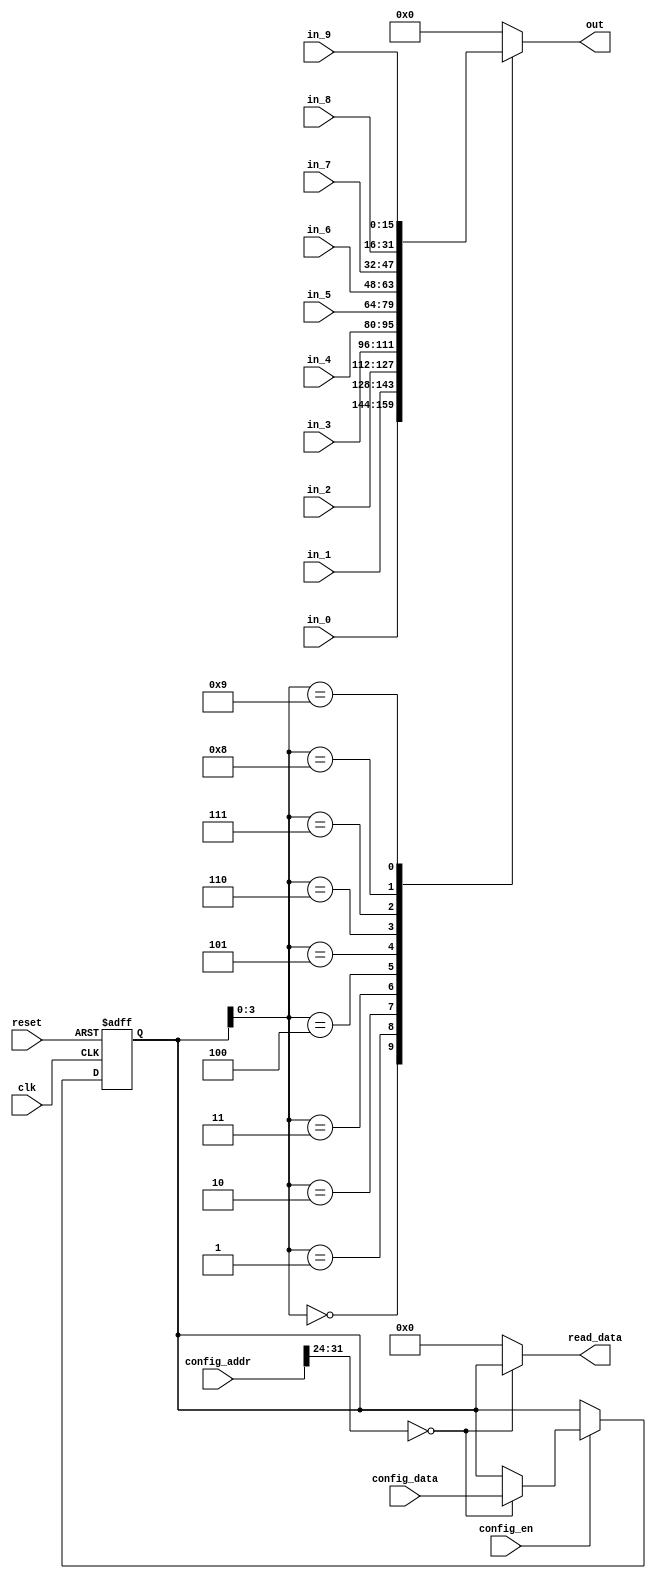
//
//--------------------------------------------------------------------------------
//          THIS FILE WAS AUTOMATICALLY GENERATED BY THE GENESIS2 ENGINE        
//  FOR MORE INFORMATION: OFER SHACHAM (CHIP GENESIS INC / STANFORD VLSI GROUP)
//    !! THIS VERSION OF GENESIS2 IS NOT FOR ANY COMMERCIAL USE !!
//     FOR COMMERCIAL LICENSE CONTACT SHACHAM@ALUMNI.STANFORD.EDU
//--------------------------------------------------------------------------------
//
//  
//	-----------------------------------------------
//	|            Genesis Release Info             |
//	|  $Change: 11789 $ --- $Date: 2013/03/25 $   |
//	-----------------------------------------------
//	
//
//  Source file: /nobackup/nikhil3/github/CGRAGenerator/hardware/generator_z/cb/cb.vp
//  Source template: cb
//
// --------------- Begin Pre-Generation Parameters Status Report ---------------
//
//	From 'generate' statement (priority=5):
// Parameter feedthrough_outputs 	= 11111111111111
// Parameter num_tracks 	= 10
// Parameter width 	= 16
// Parameter has_constant 	= 0
//
//		---- ---- ---- ---- ---- ---- ---- ---- ---- ---- ----
//
//	From Command Line input (priority=4):
//
//		---- ---- ---- ---- ---- ---- ---- ---- ---- ---- ----
//
//	From XML input (priority=3):
//
//		---- ---- ---- ---- ---- ---- ---- ---- ---- ---- ----
//
//	From Config File input (priority=2):
//
// ---------------- End Pre-Generation Pramameters Status Report ----------------

// width (_GENESIS2_INHERITANCE_PRIORITY_) = 16
//
// num_tracks (_GENESIS2_INHERITANCE_PRIORITY_) = 10
//
// feedthrough_outputs (_GENESIS2_INHERITANCE_PRIORITY_) = 0xa1b01d4b1c7
//
// has_constant (_GENESIS2_INHERITANCE_PRIORITY_) = 0
//
// default_value (_GENESIS2_DECLARATION_PRIORITY_) = 0
//

module cb_unq1 (
clk, reset,
in_0,
in_1,
in_2,
in_3,
in_4,
in_5,
in_6,
in_7,
in_8,
in_9,
out,
config_addr,
config_data,
config_en,
read_data
);

  input  clk;
  input  reset;
  input  config_en;
  input [31:0] config_data;


  /* verilator lint_off UNUSED */
  input [31:0] config_addr;
  /* verilator lint_on UNUSED */

  output reg [15:0] out;
  input [15:0] in_0;
  input [15:0] in_1;
  input [15:0] in_2;
  input [15:0] in_3;
  input [15:0] in_4;
  input [15:0] in_5;
  input [15:0] in_6;
  input [15:0] in_7;
  input [15:0] in_8;
  input [15:0] in_9;
  output reg [31:0] read_data;



  /* verilator lint_off UNUSED */
  reg [31:0] config_cb;
  /* verilator lint_on UNUSED */
  always @(posedge clk or posedge reset) begin
    if (reset==1'b1) begin
        config_cb <= 4'd13;
    end else begin
      if (config_en==1'b1) begin
         case (config_addr[31:24])
           8'd0: config_cb[31:0] <= config_data;
         endcase
      end
    end
  end

  always @(*) begin
    case (config_addr[31:24])
      8'd0: read_data = config_cb[31:0];
      default: read_data = 'h0;
    endcase
  end

  always @(*) begin
    case (config_cb[3:0])
        4'd0: out = in_0;
        4'd1: out = in_1;
        4'd2: out = in_2;
        4'd3: out = in_3;
        4'd4: out = in_4;
        4'd5: out = in_5;
        4'd6: out = in_6;
        4'd7: out = in_7;
        4'd8: out = in_8;
        4'd9: out = in_9;
        default: out = 16'd0;
    endcase
  end
endmodule